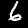
Digit: 6